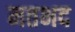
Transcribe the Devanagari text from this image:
मतभद